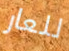
للعار